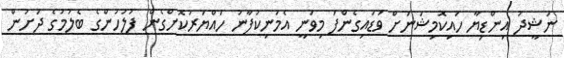
ނަޝީދު އިންޑިޔާ ހައިކޮމިޝަނަށް ވަޑައިގެންފަ މިވަނީ އެމަނިކުފާނު ހައްޔަރުކޮށްގެން ފުލުހުންގެ ބެލުމުގެ ދަށުން